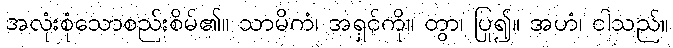
အလုံးစုံသောစည်းစိမ်၏။ သာမိကံ၊ အရှင်ကို။ တွာ၊ ပြု၍။ အဟံ၊ ငါသည်။